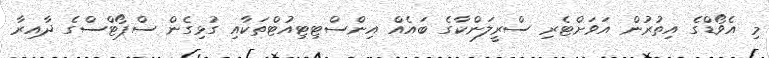
މި އެވޯޑްގެ އިތުރުން އަވަށްޓެރި ސްރީލަންކާގެ ބައެއް އިންސްޓިޓިއުޓްތަކާއި ގުޅިގެން ސްޕޯޓްސްގެ ދާއިރާ